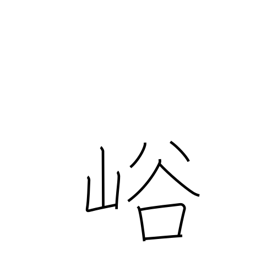
Meaning: ravine